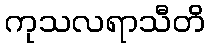
ကုသလရာသီတိ